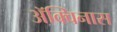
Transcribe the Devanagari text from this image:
ॲक्विनास